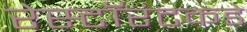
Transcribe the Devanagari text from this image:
रेस्टॉरंटकडे